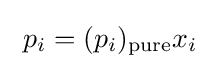
\ p_{i}=(p_{i})_{\text{pure}}x_{i}